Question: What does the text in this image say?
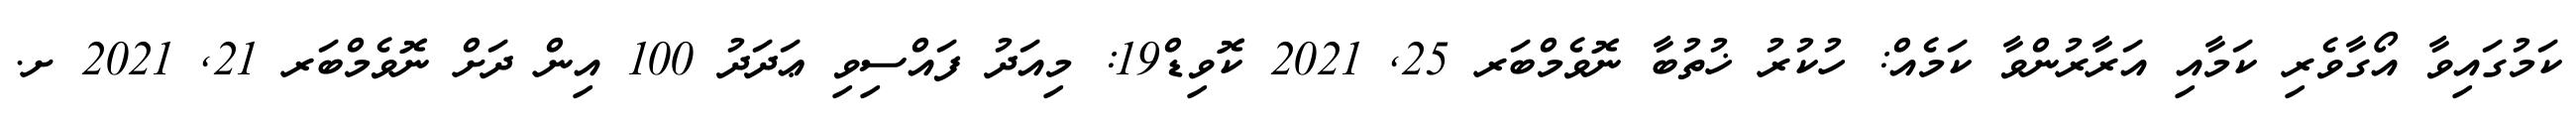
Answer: ކަމުގައިވާ އޯގާވެރި ކަމާއި އަރާރުންވާ ކަމެއް: ހުކުރު ޚުތުބާ ނޮވެމްބަރ 25, 2021 ކޮވިޑް19: މިއަދު ފައްސިވި ޢަދަދު 100 އިން ދަށް ނޮވެމްބަރ 21, 2021 ށ.